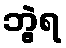
ဘွဲ့ရ